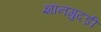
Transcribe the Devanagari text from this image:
ज्ञानगुदड़ी